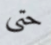
حتى